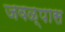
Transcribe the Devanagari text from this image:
जवळ्पास